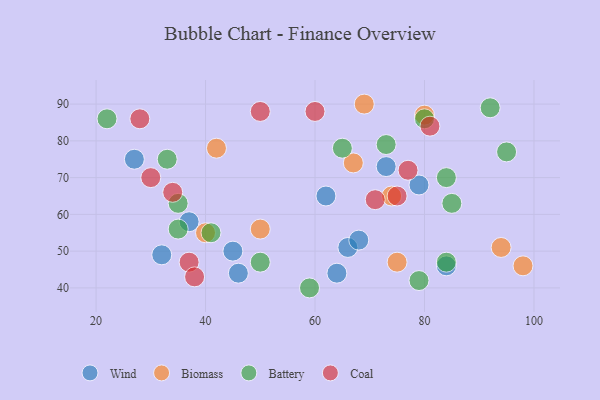
{"axis": {"x": "GDP", "y": "Life Expectancy"}, "legend": ["Battery", "Biomass", "Coal", "Wind"], "data": [{"x": "32", "y": 49, "type": "Wind"}, {"x": "66", "y": 51, "type": "Wind"}, {"x": "46", "y": 44, "type": "Wind"}, {"x": "45", "y": 50, "type": "Wind"}, {"x": "68", "y": 53, "type": "Wind"}, {"x": "73", "y": 73, "type": "Wind"}, {"x": "79", "y": 68, "type": "Wind"}, {"x": "62", "y": 65, "type": "Wind"}, {"x": "84", "y": 46, "type": "Wind"}, {"x": "64", "y": 44, "type": "Wind"}, {"x": "37", "y": 58, "type": "Wind"}, {"x": "27", "y": 75, "type": "Wind"}, {"x": "80", "y": 87, "type": "Biomass"}, {"x": "67", "y": 74, "type": "Biomass"}, {"x": "75", "y": 47, "type": "Biomass"}, {"x": "94", "y": 51, "type": "Biomass"}, {"x": "40", "y": 55, "type": "Biomass"}, {"x": "69", "y": 90, "type": "Biomass"}, {"x": "74", "y": 65, "type": "Biomass"}, {"x": "42", "y": 78, "type": "Biomass"}, {"x": "50", "y": 56, "type": "Biomass"}, {"x": "98", "y": 46, "type": "Biomass"}, {"x": "92", "y": 89, "type": "Battery"}, {"x": "65", "y": 78, "type": "Battery"}, {"x": "35", "y": 56, "type": "Battery"}, {"x": "33", "y": 75, "type": "Battery"}, {"x": "84", "y": 47, "type": "Battery"}, {"x": "73", "y": 79, "type": "Battery"}, {"x": "95", "y": 77, "type": "Battery"}, {"x": "35", "y": 63, "type": "Battery"}, {"x": "79", "y": 42, "type": "Battery"}, {"x": "80", "y": 86, "type": "Battery"}, {"x": "41", "y": 55, "type": "Battery"}, {"x": "22", "y": 86, "type": "Battery"}, {"x": "59", "y": 40, "type": "Battery"}, {"x": "50", "y": 47, "type": "Battery"}, {"x": "85", "y": 63, "type": "Battery"}, {"x": "84", "y": 70, "type": "Battery"}, {"x": "34", "y": 66, "type": "Coal"}, {"x": "37", "y": 47, "type": "Coal"}, {"x": "75", "y": 65, "type": "Coal"}, {"x": "60", "y": 88, "type": "Coal"}, {"x": "81", "y": 84, "type": "Coal"}, {"x": "30", "y": 70, "type": "Coal"}, {"x": "50", "y": 88, "type": "Coal"}, {"x": "28", "y": 86, "type": "Coal"}, {"x": "77", "y": 72, "type": "Coal"}, {"x": "38", "y": 43, "type": "Coal"}, {"x": "71", "y": 64, "type": "Coal"}]}